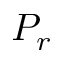
P _ { r }